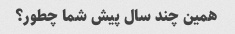
همین چند سال پیش شما چطور؟